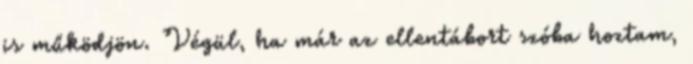
is működjön. Végül, ha már az ellentábort szóba hoztam,